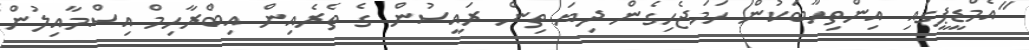
"އެމްޑީޕީގައި އިންތިހާބަކުން ހަމަޖެހިގެން ދިޔަ ތިން ރައީސުން ގެ ތެރެއިން އިބްރާހިމް އިސްމާއިލުން